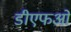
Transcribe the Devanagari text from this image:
डीएफओ